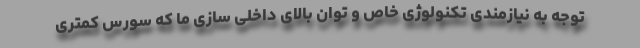
توجه به نیازمندی تکنولوژی خاص و توان بالای داخلی سازی ما که سورس کمتری